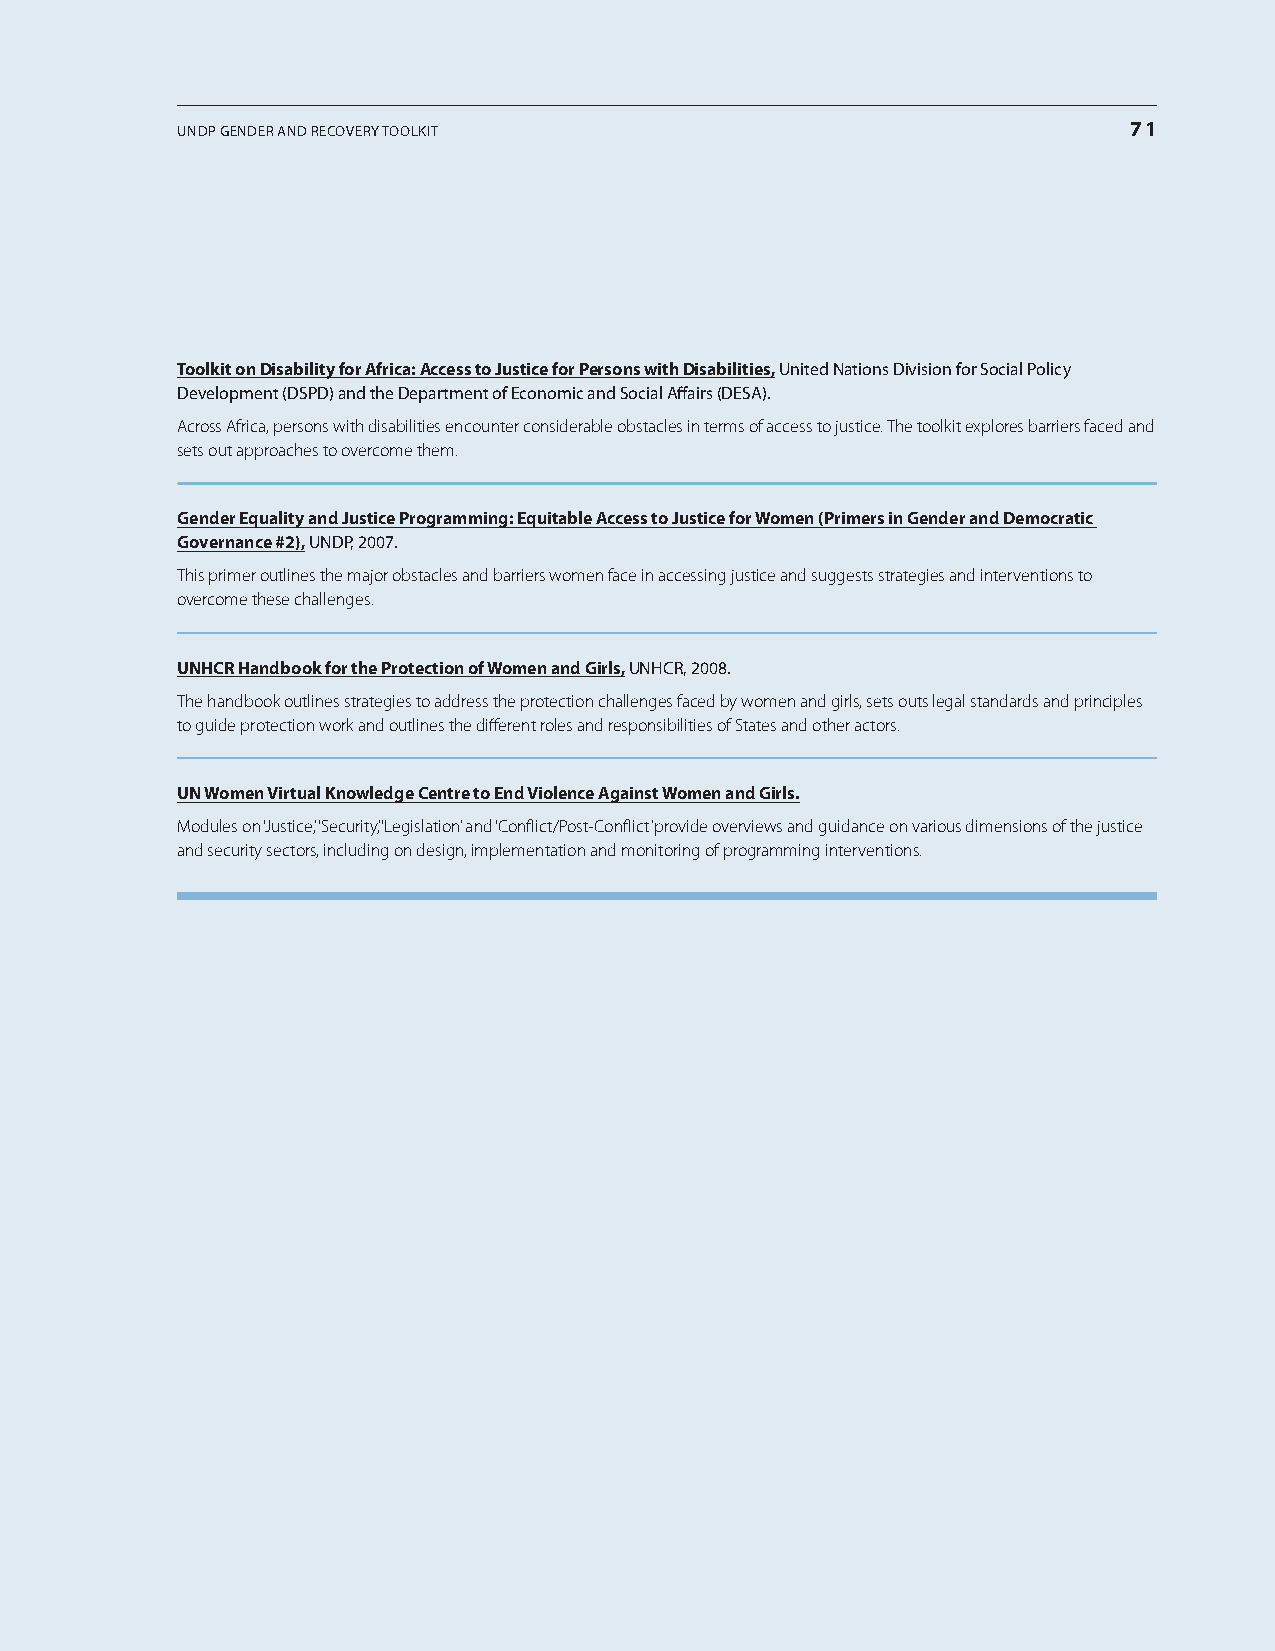
undP gEndEr and rEcovEry tooLkit                               71
 Toolkit on Disability for Africa: Access to justice for persons with Disabilities, united nations division for social Policy
 Development (DSPD) and the Department of Economic and Social Affairs (DESA).
 Across Africa, persons with disabilities encounter considerable obstacles in terms of access to justice. The toolkit explores barriers faced and
 sets out approaches to overcome them.
 gender Equality and justice programming: Equitable Access to justice for Women (primers in gender and Democratic
 governance #2), undP, 2007.
 This primer outlines the major obstacles and barriers women face in accessing justice and suggests strategies and interventions to
 overcome these challenges.
 unHCR Handbook for the protection of Women and girls, unhcr, 2008.
 The handbook outlines strategies to address the protection challenges faced by women and girls, sets outs legal standards and principles
 to guide protection work and outlines the different roles and responsibilities of States and other actors.
 un Women virtual knowledge Centre to End violence Against Women and girls.
 Modules on ‘Justice,’ ‘Security,’ ‘Legislation’ and ‘Conflict/Post-Conflict’ provide overviews and guidance on various dimensions of the justice
 and security sectors, including on design, implementation and monitoring of programming interventions.